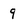
Character: 9